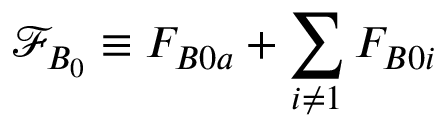
\mathcal { F } _ { B _ { 0 } } \equiv F _ { B 0 a } + \sum _ { i \neq 1 } F _ { B 0 i }